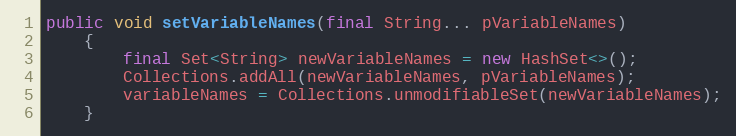
Language: Java
public void setVariableNames(final String... pVariableNames)
    {
        final Set<String> newVariableNames = new HashSet<>();
        Collections.addAll(newVariableNames, pVariableNames);
        variableNames = Collections.unmodifiableSet(newVariableNames);
    }